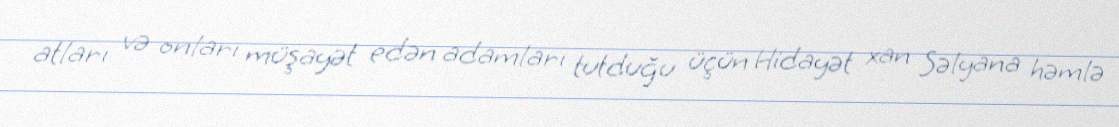
atları və onları müşayət edən adamları tutduğu üçün Hidayət xan Səlyana həmlə